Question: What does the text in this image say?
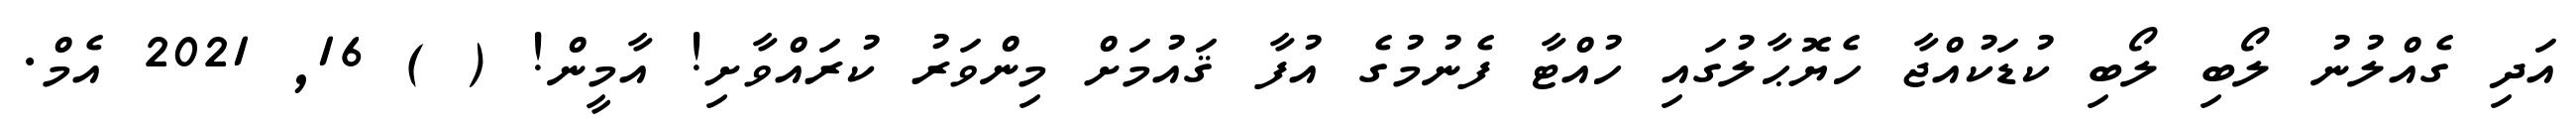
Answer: އަދި ގެއްލުނު ލޯބި ލޯބި ކުޑަކުއްޖާ ހެޔޮޙާލުގައި ހުއްޓާ ފެނުމުގެ އުފާ ޤައުމަށް މިންވަރު ކުރައްވާށި! އާމީން! ( ) 16, 2021 އެމް.